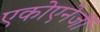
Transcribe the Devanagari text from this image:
एकोएनेर्जी